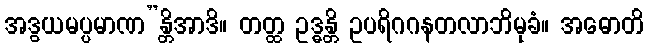
အဒွယမပ္ပမာဏ”န္တိအာဒိ။ တတ္ထ ဥဒ္ဓန္တိ ဥပရိဂဂနတလာဘိမုခံ။ အဓောတိ